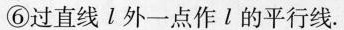
⑥过直线l外一点作l的平行线.